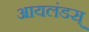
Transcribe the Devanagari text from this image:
आयलंडस्